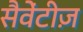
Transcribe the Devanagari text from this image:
सैवेंटीज़